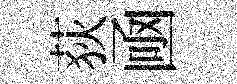
荻凾